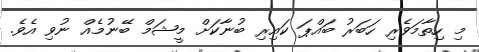
މި ހިތާމަވެރި ހަބަރު ބައްޕަ ކައިރި ބުނާކަށް މީޝަމް ބޭނުމެއް ނުވި އެވެ.